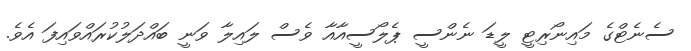
ސެނެޓްގެ މައިނޯރިޓީ ލީޑަ ނެންސީ ޕެލޯސީއާއާ ވެސް ލައިލާ ވަނީ ބައްދަލުކުރައްވައިފަ އެވެ.